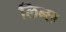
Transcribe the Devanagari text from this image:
लिन्छ